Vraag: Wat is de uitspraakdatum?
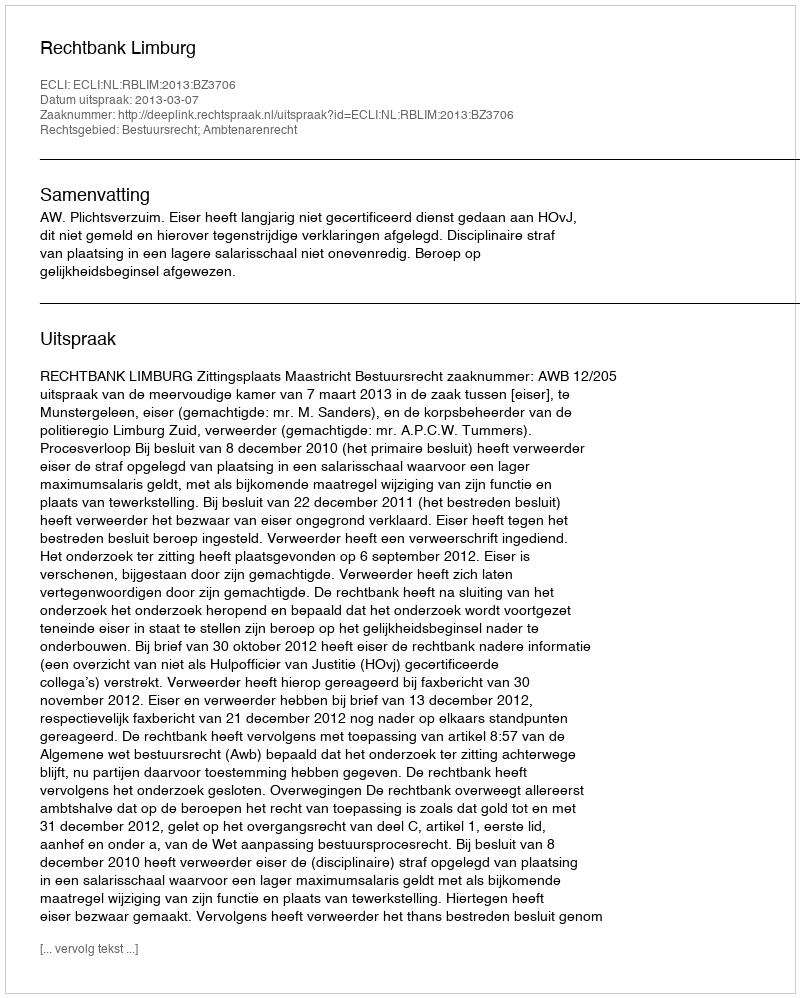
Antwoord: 2013-03-07